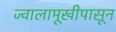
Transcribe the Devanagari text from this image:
ज्वालामूखीपासून